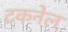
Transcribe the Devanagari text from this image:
टिंकनेल